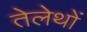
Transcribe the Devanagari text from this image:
तेलेथों